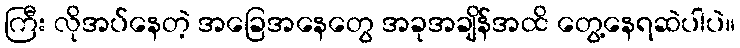
ကြီး လိုအပ်နေတဲ့ အခြေအနေတွေ အခုအချိန်အထိ တွေ့နေရဆဲပါပဲ။